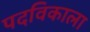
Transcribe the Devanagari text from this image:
पदविकाला